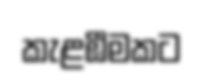
කැළඹීමකට